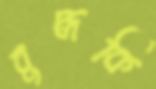
বুদ্ধকি